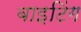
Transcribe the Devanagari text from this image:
बाइटिंग